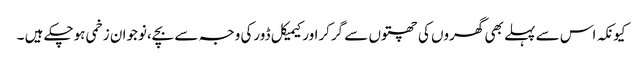
کیونکہ اس سے پہلے بھی گھروں کی چھتوں سے گرکراورکیمیکل ڈورکی وجہ سے بچے،نوجوان زخمی ہوچکے ہیں ۔